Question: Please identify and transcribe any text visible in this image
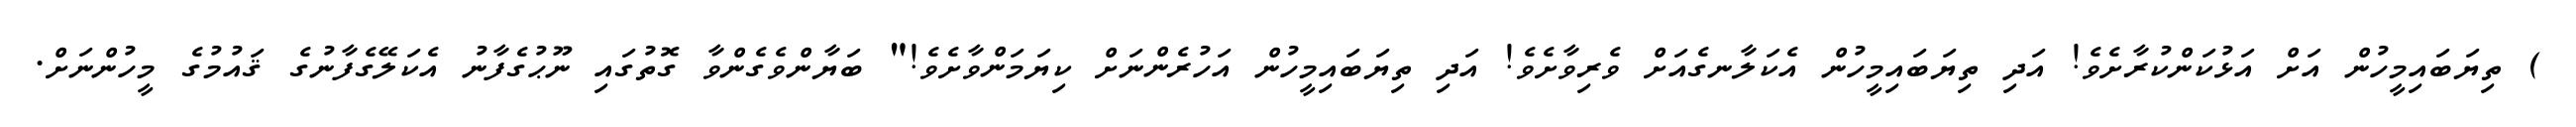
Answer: ) ތިޔަބައިމީހުން އަށް އަޅުކަންކުރާށެވެ! އަދި ތިޔަބައިމީހުން އެކަލާނގެއަށް ވެރިވާށެވެ! އަދި ތިޔަބައިމީހުން އަހުރެންނަށް ކިޔަމަންވާށެވެ!" ބަޔާންވެގެންވާ ގޮތުގައި ނޫޙުގެފާނު އެކަލޭގެފާނުގެ ޤައުމުގެ މީހުންނަށް.